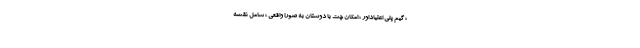
؛ گیم پلی اعتیاداور ؛ امکان چت با دوستان به صورا واقعی ؛ شامل نقشه